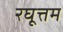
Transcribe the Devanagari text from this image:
रघूत्तम